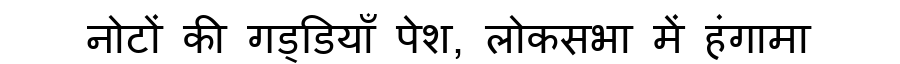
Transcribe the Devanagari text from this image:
नोटों की गड्डियाँ पेश, लोकसभा में हंगामा